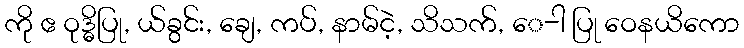
ကို ဧ ဝုဒ္ဓိပြု, ယ်ခွင်း, ချေ, ကပ်, နာမ်ငဲ့, သိသက်, ေ-ါ ပြု ဝေနယိကော